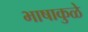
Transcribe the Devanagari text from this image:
भाषाकुळे